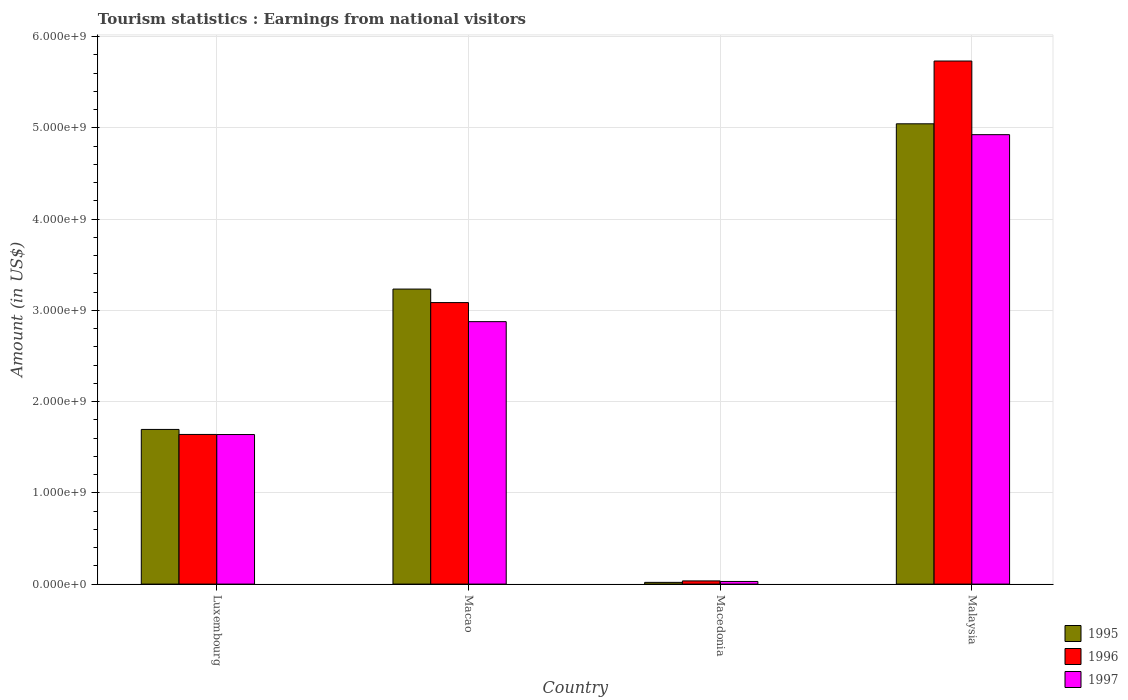
| Country | 1995 | 1996 | 1997 |
 | --- | --- | --- | --- |
 | Luxembourg | 1.7e+09 | 1.64e+09 | 1.64e+09 |
 | Macao | 3.23e+09 | 3.08e+09 | 2.88e+09 |
 | Macedonia | 1.9e+07 | 3.5e+07 | 2.9e+07 |
 | Malaysia | 5.04e+09 | 5.73e+09 | 4.92e+09 |